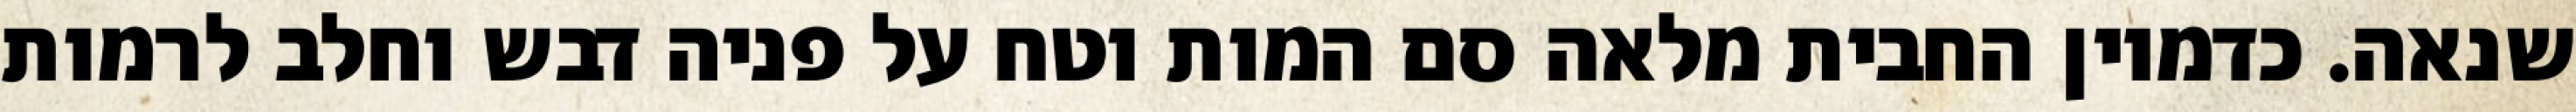
שנאה. כדמיון החבית מלאה סם המות וטח על פניה דבש וחלב לרמות